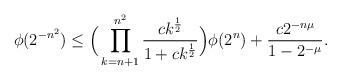
LaTeX: \begin{align*}\phi (2^{-n^2})& \le \Big(\prod_{ k=n+1}^{ n^2} \frac{c k^\frac12 }{1+ c k^\frac12 }\Big)\phi (2^{ n}) + \frac{c 2^{ -n \mu }}{1- 2^{-\mu}}.\end{align*}